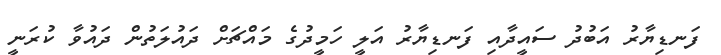
ފަނޑިޔާރު އަބުދު ސައީދާއި ފަނޑިޔާރު އަލީ ހަމީދުގެ މައްޗަށް ދައުލަތުން ދައުވާ ކުރަނީ